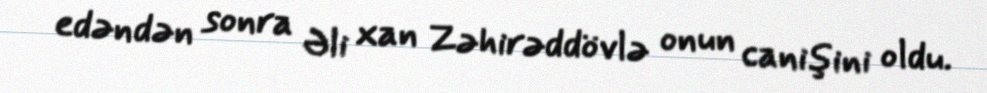
edəndən sonra Əli xan Zəhirəddövlə onun canişini oldu.